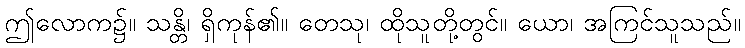
ဤလောက၌။ သန္တိ၊ ရှိကုန်၏။ တေသု၊ ထိုသူတို့တွင်။ ယော၊ အကြင်သူသည်။